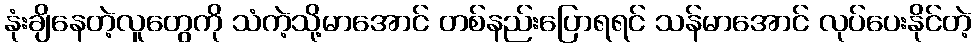
နုံးချိနေတဲ့လူတွေကို သံကဲ့သို့မာအောင် တစ်နည်းပြောရရင် သန်မာအောင် လုပ်ပေးနိုင်တဲ့